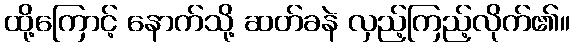
ထို့ကြောင့် နောက်သို့ ဆတ်ခနဲ လှည့်ကြည့်လိုက်၏။